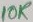
Text: 10K